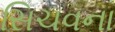
સિચવના